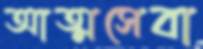
আত্মসেবা